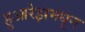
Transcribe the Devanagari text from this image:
हुआरेझमधून